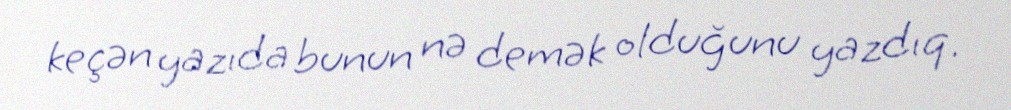
keçən yazıda bunun nə demək olduğunu yazdıq.